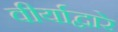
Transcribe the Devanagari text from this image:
वीर्याद्वारे